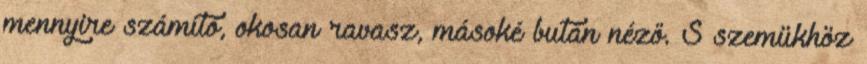
mennyire számító, okosan ravasz, másoké bután néző. S szemükhöz